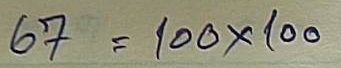
67 = 100 x 100